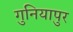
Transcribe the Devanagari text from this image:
गुनियापुर